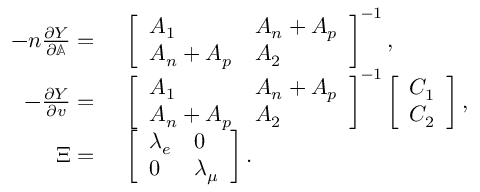
\begin{array} { r l } { - n \frac { \partial Y } { \partial \mathbb { A } } = { } } & { { } \left[ \begin{array} { l l } { A _ { 1 } } & { A _ { n } + A _ { p } } \\ { A _ { n } + A _ { p } } & { A _ { 2 } } \end{array} \right] ^ { - 1 } , } \\ { - \frac { \partial Y } { \partial v } = { } } & { { } \left[ \begin{array} { l l } { A _ { 1 } } & { A _ { n } + A _ { p } } \\ { A _ { n } + A _ { p } } & { A _ { 2 } } \end{array} \right] ^ { - 1 } \left[ \begin{array} { l } { C _ { 1 } } \\ { C _ { 2 } } \end{array} \right] , } \\ { \Xi = { } } & { { } \left[ \begin{array} { l l } { \lambda _ { e } } & { 0 } \\ { 0 } & { \lambda _ { \mu } } \end{array} \right] . } \end{array}